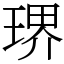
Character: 琾